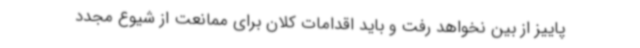
پاییز از بین نخواهد رفت و باید اقدامات کلان برای ممانعت از شیوع مجدد